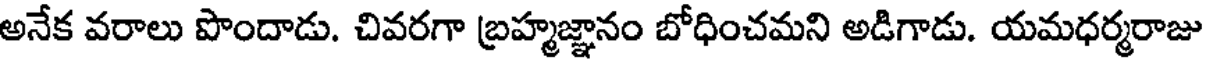
అనేక వరాలు పొందాడు. చివరగా బ్రహ్మజ్ఞానం బోధించమని అడిగాడు. యమధర్మరాజు